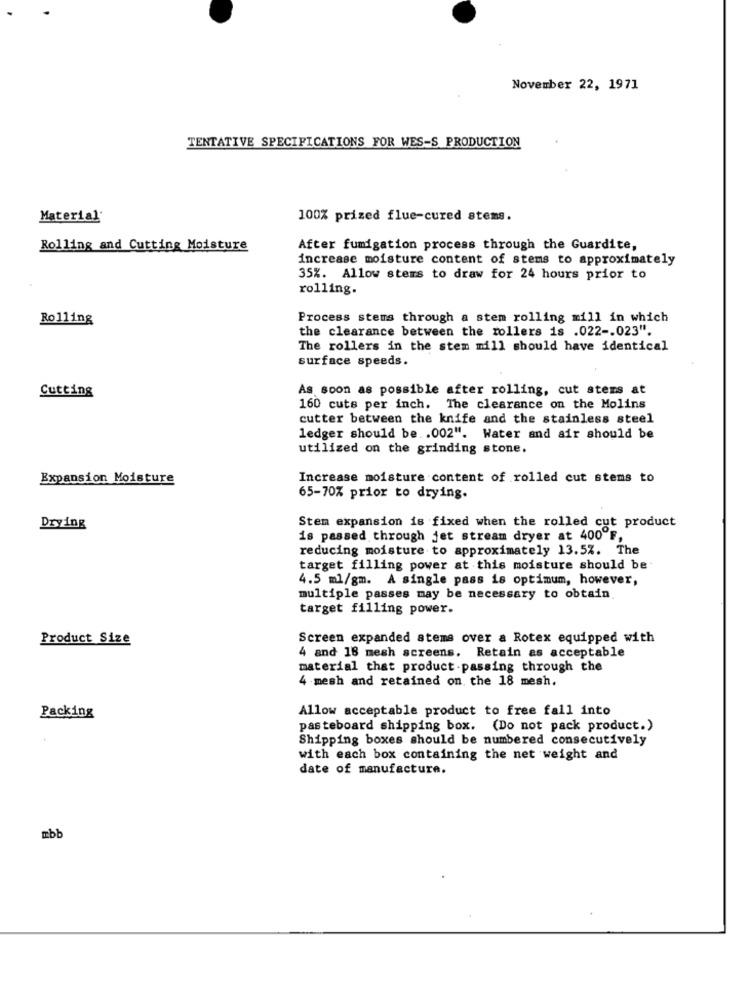
November 22, 1971
TENTATIVE SPECIFICATIONS FOR WES-S PRODUCTION
Material
100% prized flue-cured stems.
Rolling and Cutting Moisture
After fumigation process through the Guardite,
increase moisture content of stems to approximately
35%. Allow stems to draw for 24 hours prior to
rolling.
Rolling
Process stems through a stem rolling mill in which
the clearance between the rollers is .022 -. 023".
The rollers in the stem mill should have identical
surface speeds.
Cutting
As soon as possible after rolling, cut stems at
160 cuts per inch. The clearance on the Molins
cutter between the knife and the stainless steel
ledger should be .. 002". Water and air should be
utilized on the grinding stone.
Expansion Moisture
Increase moisture content of rolled cut stems to
65-70% prior to drying.
Stem expansion is fixed when the rolled cut product
Drying
is passed through jet stream dryer at 400 F,
reducing moisture to approximately 13.5%. The
target filling power at this moisture should be
4.5 ml/gm. A single pass is optimum, however,
multiple passes may be necessary to obtain.
target filling power.
Product Size
Screen expanded stems over a Rotex equipped with
4 and 18 mesh screens. Retain as acceptable
material that product.passing through the
4 -mesh and retained on the 18 mesh.
Allow acceptable product to free fall into
Packing
pasteboard shipping box. (Do not pack product.)
Shipping boxes should be numbered consecutively
with each box containing the net weight and
date of manufacture.
mbb